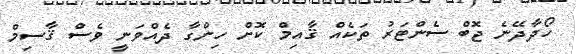
ހޯދާދޭނެ ޖޮބް ސެންޓަރު ތަކެއް ޤާއިމް ކޮށް ހިންގާ ދެއްވަނީ ވެސް ޤާސިމް